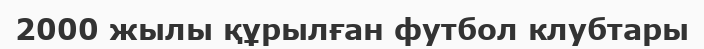
2000 жылы құрылған футбол клубтары